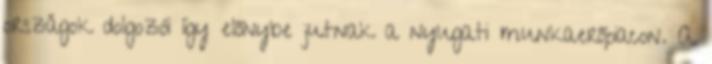
országok dolgozói így előnybe jutnak a nyugati munkaerőpiacon. A